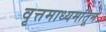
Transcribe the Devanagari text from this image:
वृत्तमाध्यमांतून